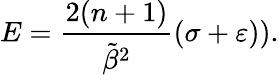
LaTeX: E=\frac{2(n+1)}{\tilde{\beta}^{2}}\left(\sigma+\varepsilon)\right).